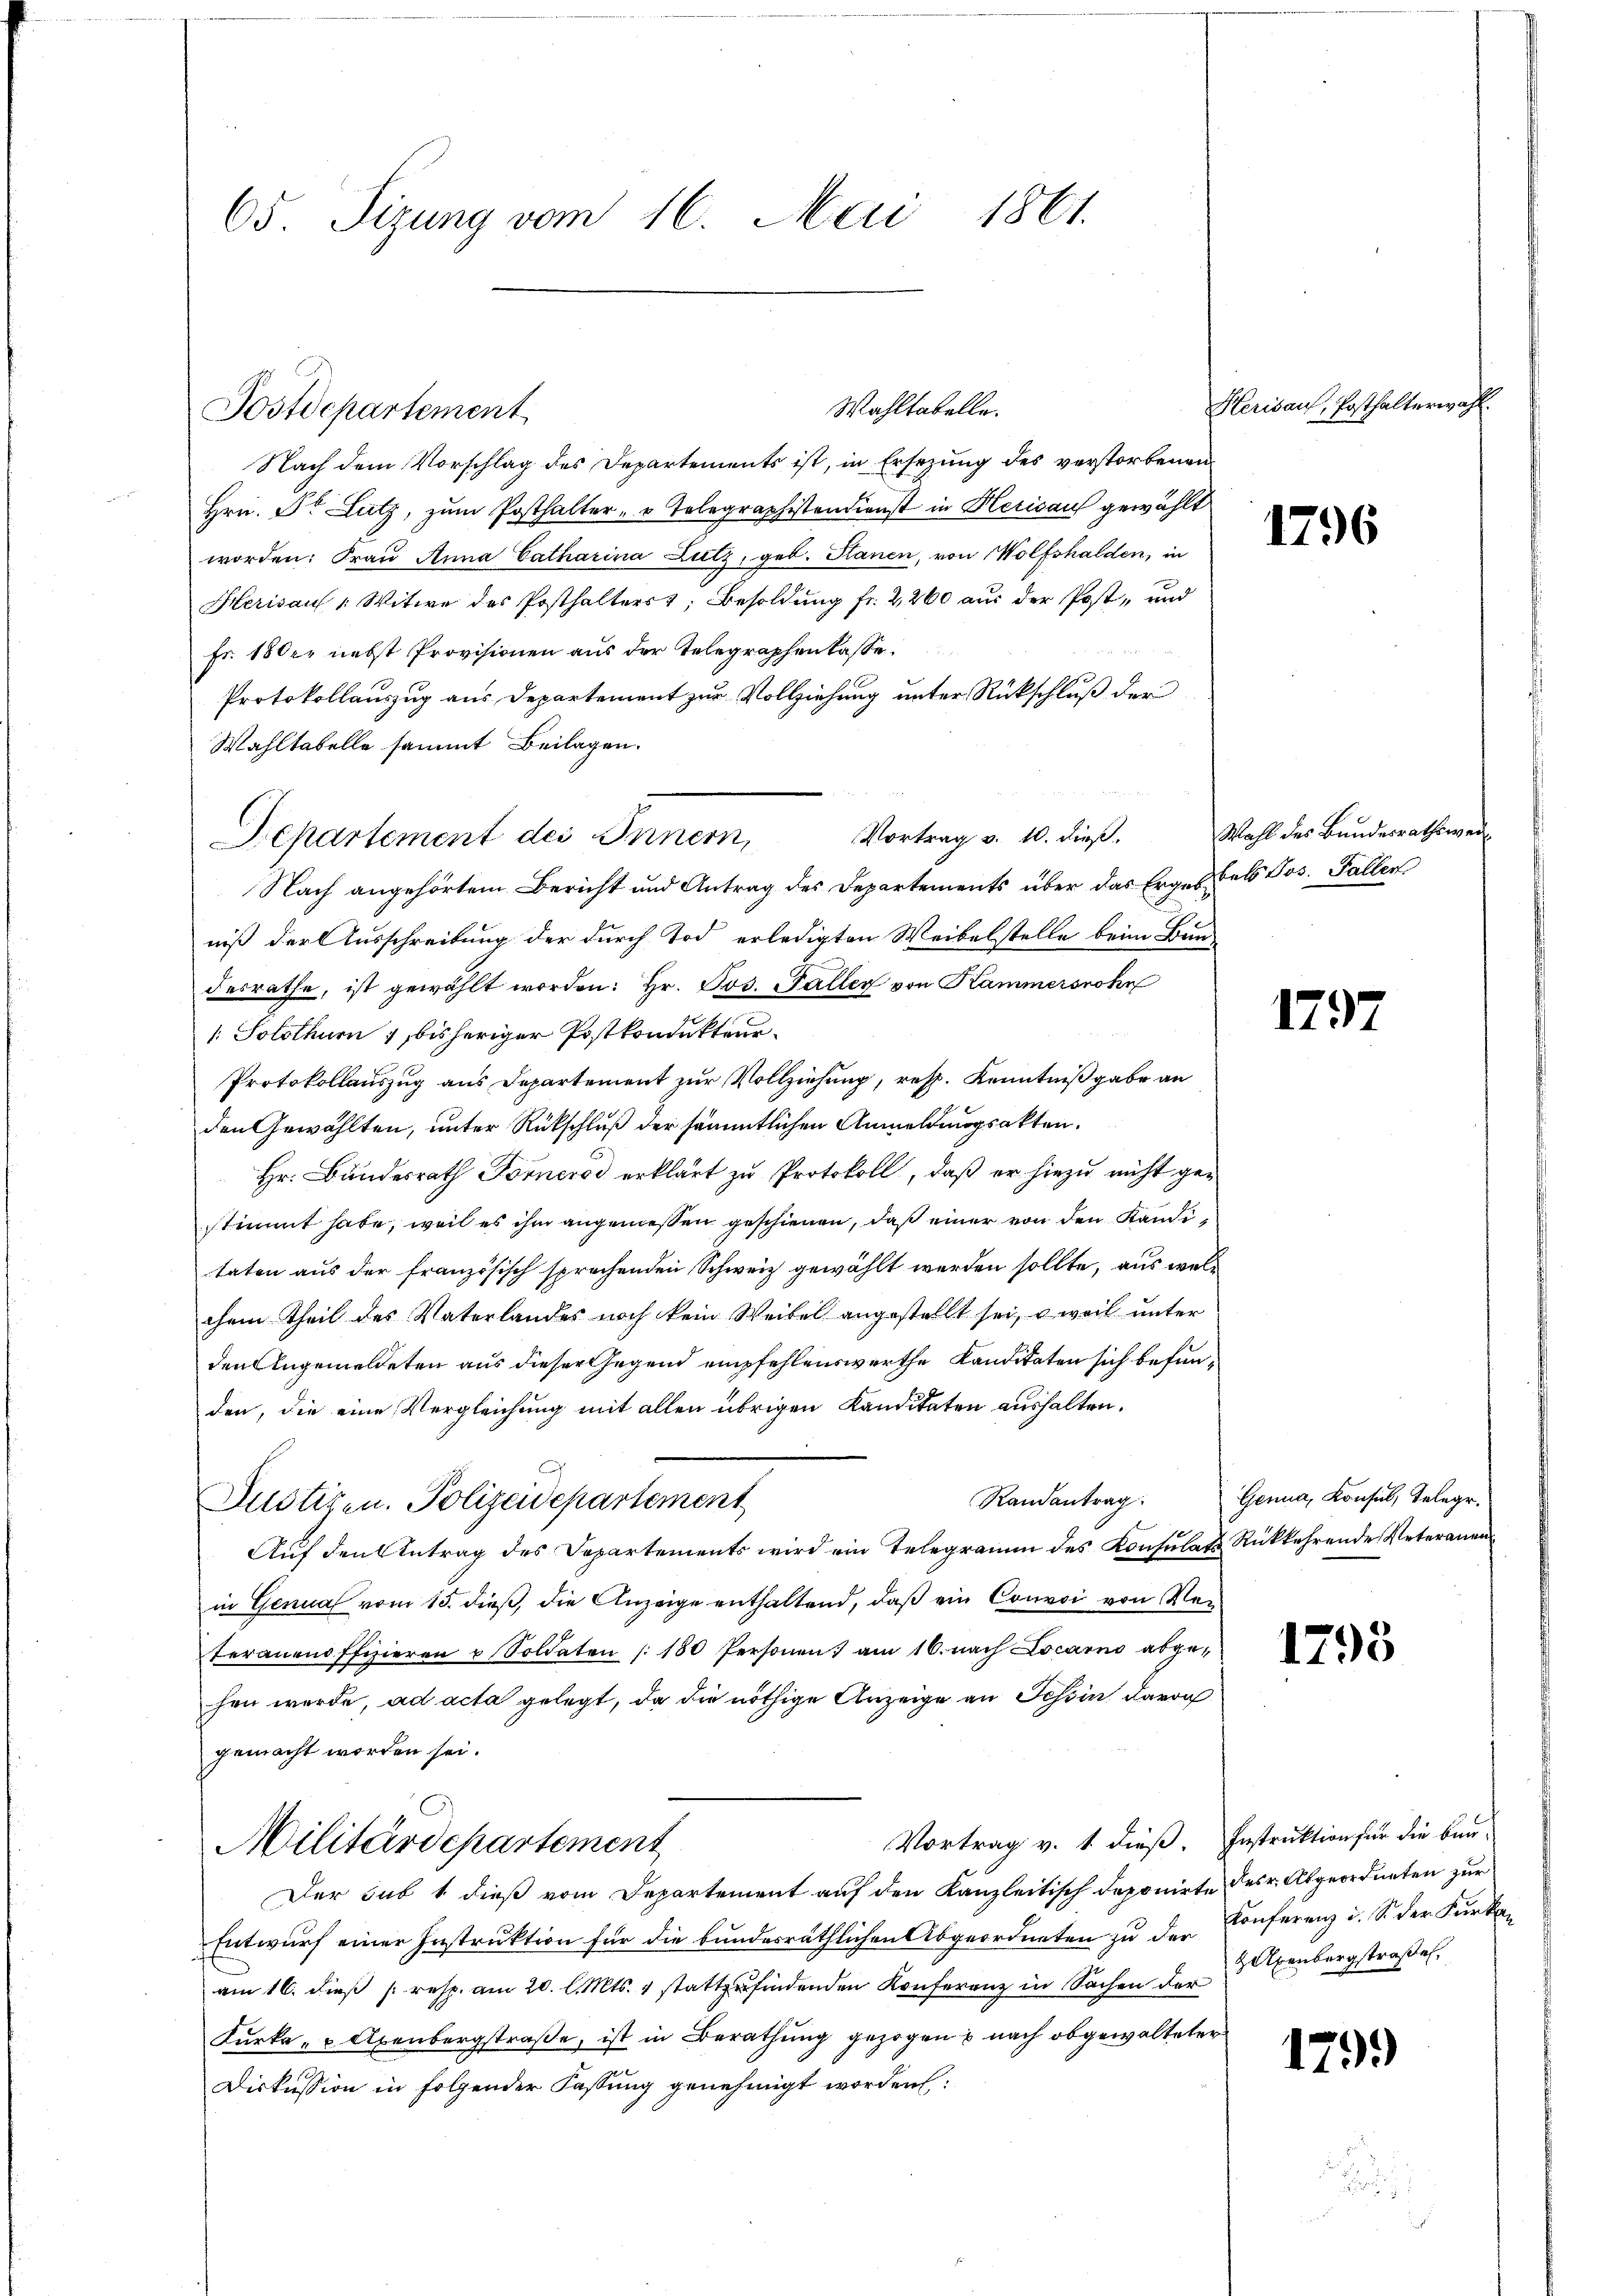
65. Sizung vom 16. Mai 1861.

Wahltabelle.
Nach dem Vorschlag des Departements ist, in Ersezung des verstorbenen
Hrn. Dr. Lutz, zŭm Posthalter- u Telegraphistendienst in Herisau gewählt
worden: Frau Anna Catharina Lutz, geb. Sanen, von Wolfshalden, in
Herisau " Witwe des Posthalters; Besoldung fr. 2,200 aus der Post- und
Fr. 18 der nebst Provisionen aus der Telegraphenlasse
Protokollauszug aus Departement zur Vollziehung unter Rückschluß der
Wahltabelle sammt Beilagen.
Nach angehörtem Bericht und Antrag des Departements über das Erges Fels Jos. Fallen
niß der Ausschreibung der durch Tod erledigten Weibelstelle beim Bun-
desrathe, ist gewählt worden: Hr. Jos. Paller von Kammerssohn
: Solothurn , bisheriger Postkondukteur
Protokollauszug aus Departement zur Vollziehung, resp. Kenntnißgabe an
den Gewählten, unter Rückschluß der sämmtlichen Anmeldmögsakten.
Hr. Bundesrath Forneros erklärt zu Protokoll, daß er hiezu nicht gestimmt habe, weil es ihm angemessen geschienen, daß einer von den Kanditaten aus der französisch sprechenden Schweiz gewählt werden sollte, aus welchem Theil des Vaterlandes noch kein Weibel angestellt sei, u weil unter
den Angemeldeten aus dieser Gegend empfehlenswerthe Kanditaten sich befunden, die eine Vergleichung mit allen übrigen Kanditaten aushalten.
Justizen. Polizeidepartement
Auf den Antrag des Departements wird ein Telegramm des Konsulats Rückkehrende Veteramen
in Genua vom 15. dieß, die Anzeige enthaltend, daß ein Convoi von Verteranenoffizieren u Soldaten 180 Personen am 16. nach Locarno abgehen werde, ad acta gelegt, da die nöthige Anzeige an Schin davon
gemacht worden sei.
Vortrag v. 1. dieß. Instruktion für die Bau-
Militärdepartement
Der sub 1 dieß vom Departement auf den Kanzleitisch deponirte des Abgeordneten zur
Entwurf einer Instruktion für die bundesräthlichen Abgeordneten zu der Conferenz u. S. der Furkan
am 16. dieβ /: resp. am 20. l. Mts. 1 stattzufindenden Konferenz in Sachen der Axenbergstraße.
Furka " " Axenbergstraße, ist in Berathung gezogen u nach obgewalteter
Diskussion in folgender Fassung genehmigt worden:

Postdepartement

Departement des Innern,

Vortrag v. 10. dieß.

Herisau, Posthalterwahl.

1796

Wahl des Bundesrathswei

1797

Randantrag. Genua, Konsul, Telegr.

1798

179.)